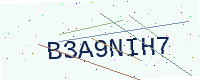
Text: B3A9NIH7